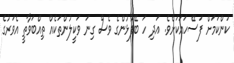
ކަންކަމަށް ފަސޭހައަކަށެވެ. އަދި ހަ ބޭފުޅުންގެ ވެސް ގިނަ ވަކީލުންތަކެއް ތިއްބަވާތީ އެވަރުގެ